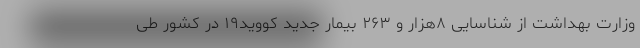
وزارت بهداشت از شناسایی ۸هزار و ۲۶۳ بیمار جدید کووید۱۹ در کشور طی